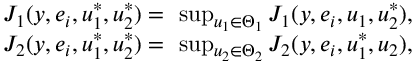
\begin{array} { r l } & { J _ { 1 } ( y , e _ { i } , u _ { 1 } ^ { * } , u _ { 2 } ^ { * } ) = \ \operatorname* { s u p } _ { u _ { 1 } \in \Theta _ { 1 } } J _ { 1 } ( y , e _ { i } , u _ { 1 } , u _ { 2 } ^ { * } ) , } \\ & { J _ { 2 } ( y , e _ { i } , u _ { 1 } ^ { * } , u _ { 2 } ^ { * } ) = \ \operatorname* { s u p } _ { u _ { 2 } \in \Theta _ { 2 } } J _ { 2 } ( y , e _ { i } , u _ { 1 } ^ { * } , u _ { 2 } ) , } \end{array}